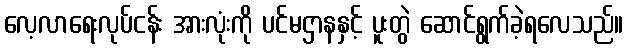
လေ့လာရေးလုပ်ငန်း အားလုံးကို ပင်မဌာနနှင့် ပူးတွဲ ဆောင်ရွက်ခဲ့ရလေသည်။